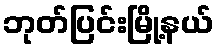
ဘုတ်ပြင်းမြို့နယ်